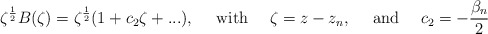
\begin{align*}\zeta^{\frac{1}{2}}B(\zeta)=\zeta^{\frac{1}{2}}(1+c_2\zeta+...), ~~~~{\rm with}~~~~\zeta=z-z_n,~~~~{\rm and}~~~~c_2= -\frac{\beta_n}{2}\end{align*}